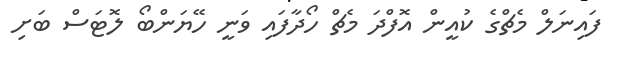
ފައިނަލް މެޗްގެ ކުއީން އޮފްދަ މެޗް ހޯދާފައި ވަނީ ހޭޔަންބޯ ލޮޓަސް ބަށި